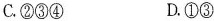
C.②③④ D.①③